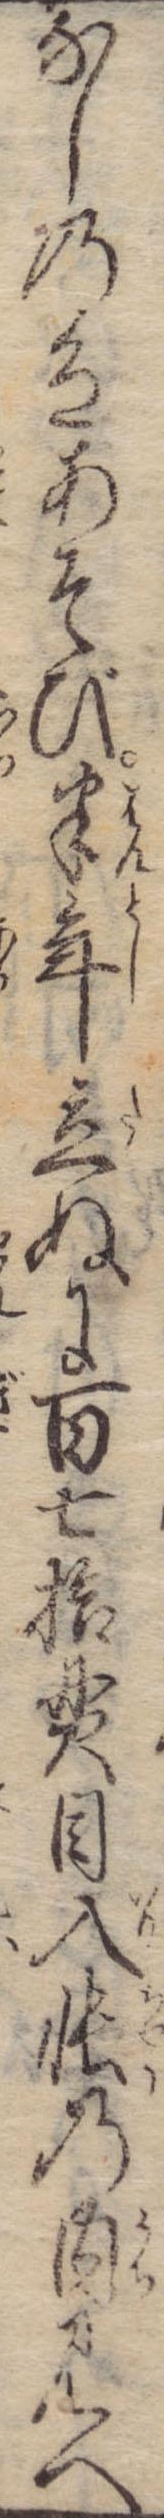
なしの色あそび半年立ぬに百七拾貫目入帳の内見へ